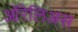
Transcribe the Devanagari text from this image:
ऑरेलिअस